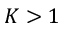
K > 1